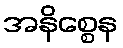
အနိစ္စေန